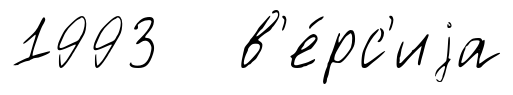
1993 в'е́рс'иjа